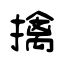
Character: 擒